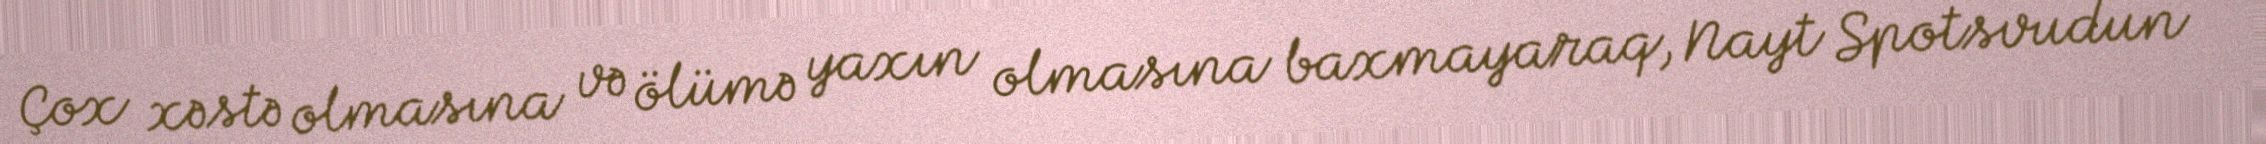
Çox xəstə olmasına və ölümə yaxın olmasına baxmayaraq, Nayt Spotsvudun